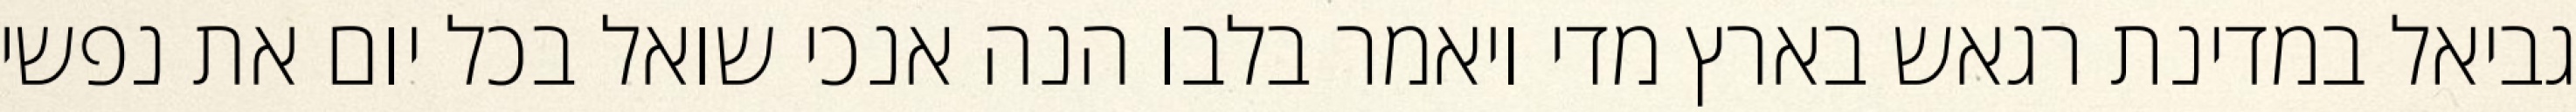
גביאל במדינת רגאש בארץ מדי ויאמר בלבו הנה אנכי שואל בכל יום את נפשי